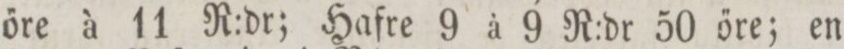
őre à 11 R:dr; Hafre 9 à 9 R:dr 50 őre; en